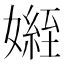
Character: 𭒟